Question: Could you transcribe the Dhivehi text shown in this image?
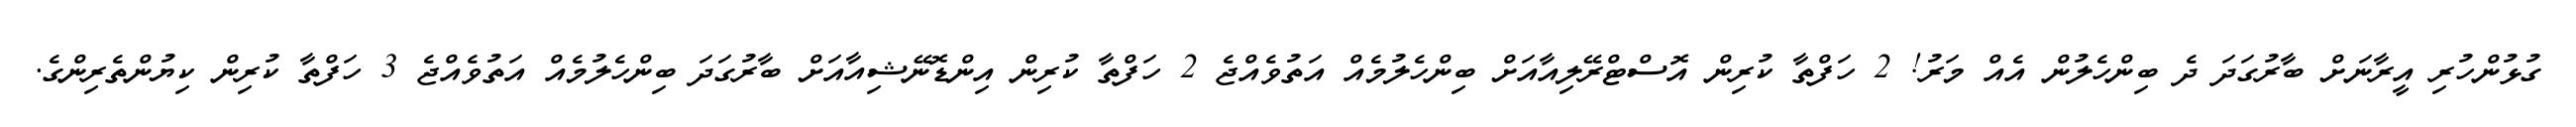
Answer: ގުޅުންހުރި އީރާނަށް ބާރުގަދަ ދެ ބިންހެލުން އެއް މަރު! 2 ހަފްތާ ކުރިން އޮސްޓްރޭލިއާއަށް ބިންހެލުމެއް އަތުވެއްޖެ 2 ހަފްތާ ކުރިން އިންޑޮނޭޝިއާއަށް ބާރުގަދަ ބިންހެލުމެއް އަތުވެއްޖެ 3 ހަފްތާ ކުރިން ކިޔުންތެރިންގެ.